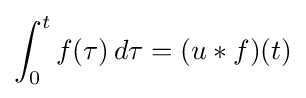
\int _{0}^{t}f(\tau )\,d\tau =(u*f)(t)